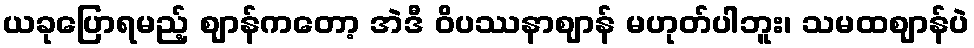
ယခုပြောရမည့် ဈာန်ကတော့ အဲဒီ ဝိပဿနာဈာန် မဟုတ်ပါဘူး၊ သမထဈာန်ပဲ